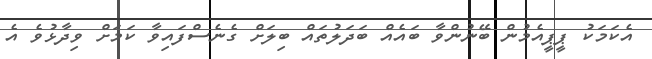
އެކަމަކު ޕީޕީއެމުން ބޭނުންވާ ބައެއް ބަދަލުތައް ބިލަށް ގެނެސްފައިވާ ކަމަށް ވިދާޅުވެ އެ